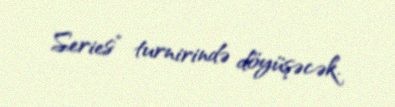
Series” turnirində döyüşəcək.